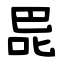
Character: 巼